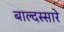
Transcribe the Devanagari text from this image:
बाल्दस्सारे